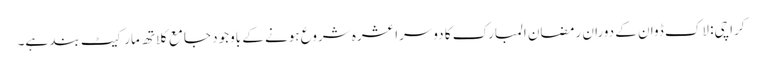
کراچی: لاک ڈوان کے دوران رمضان المبارک کا دوسرا عشرہ شروع ہونے کے باوجود جامع کلاتھ مارکیٹ بند ہے۔